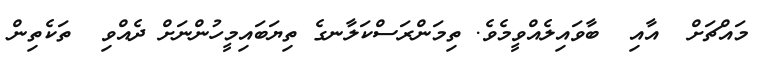
މައްޗަށް  އާއި  ބާވައިލެއްވީމެވެ. ތިމަންރަސްކަލާނގެ ތިޔަބައިމީހުންނަށް ދެއްވި  ތަކެތިން